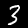
Digit: 3